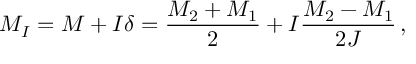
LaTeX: M _ { I } = M + I \delta = \frac { M _ { 2 } + M _ { 1 } } { 2 } + I \frac { M _ { 2 } - M _ { 1 } } { 2 J } \, ,